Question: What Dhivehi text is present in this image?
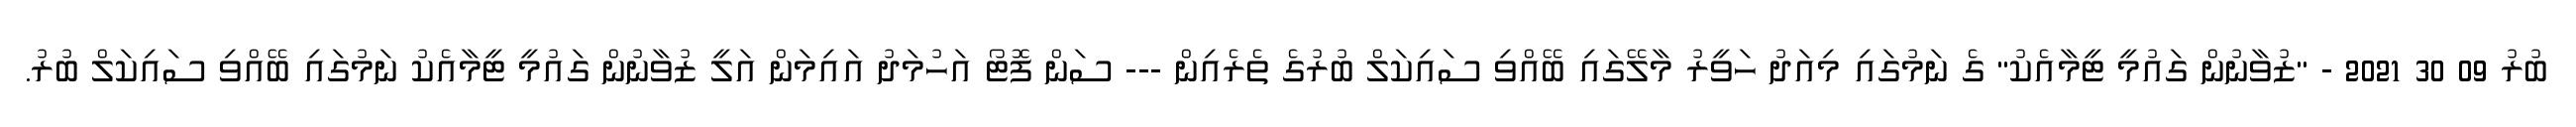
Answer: ބުރު 09 30 2021 - "ޒުވާނުން ގައުމީ ޓީމާއެކު" ގެ ނަމުގައި މިއަދު ހަވީރު މާލޭގައި ބޭއްވި ސައިކަލް ބުރުގެ ތެރެއިން --- ސަން ފޮޓޯ އަހުމަދު އައިމަން އަލީ ޒުވާނުން ގައުމީ ޓީމާއެކު ނަމުގައި ބޭއްވި ސައިކަލް ބުރު.